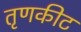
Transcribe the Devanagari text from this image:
तृणकीट